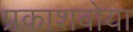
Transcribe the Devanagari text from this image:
प्रकाशबोया